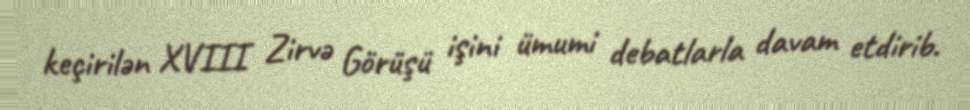
keçirilən XVIII Zirvə Görüşü işini ümumi debatlarla davam etdirib.